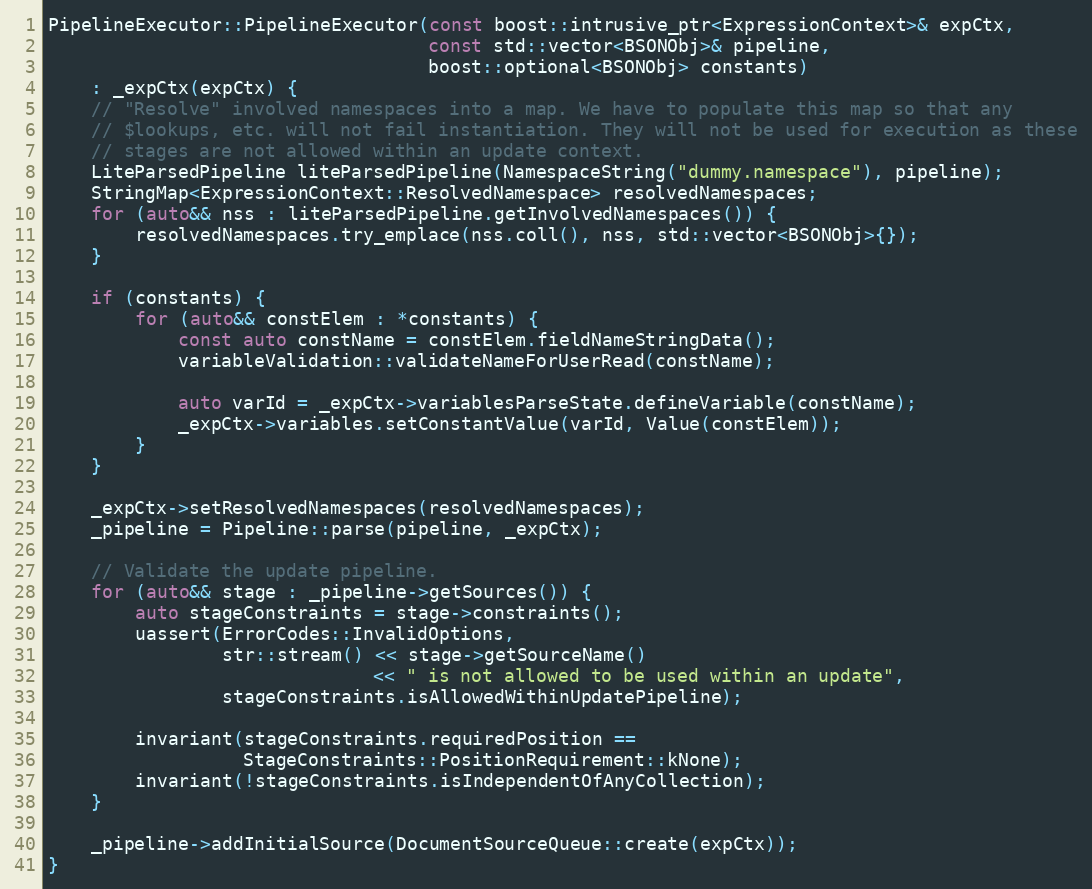
Language: C++
PipelineExecutor::PipelineExecutor(const boost::intrusive_ptr<ExpressionContext>& expCtx,
                                   const std::vector<BSONObj>& pipeline,
                                   boost::optional<BSONObj> constants)
    : _expCtx(expCtx) {
    // "Resolve" involved namespaces into a map. We have to populate this map so that any
    // $lookups, etc. will not fail instantiation. They will not be used for execution as these
    // stages are not allowed within an update context.
    LiteParsedPipeline liteParsedPipeline(NamespaceString("dummy.namespace"), pipeline);
    StringMap<ExpressionContext::ResolvedNamespace> resolvedNamespaces;
    for (auto&& nss : liteParsedPipeline.getInvolvedNamespaces()) {
        resolvedNamespaces.try_emplace(nss.coll(), nss, std::vector<BSONObj>{});
    }

    if (constants) {
        for (auto&& constElem : *constants) {
            const auto constName = constElem.fieldNameStringData();
            variableValidation::validateNameForUserRead(constName);

            auto varId = _expCtx->variablesParseState.defineVariable(constName);
            _expCtx->variables.setConstantValue(varId, Value(constElem));
        }
    }

    _expCtx->setResolvedNamespaces(resolvedNamespaces);
    _pipeline = Pipeline::parse(pipeline, _expCtx);

    // Validate the update pipeline.
    for (auto&& stage : _pipeline->getSources()) {
        auto stageConstraints = stage->constraints();
        uassert(ErrorCodes::InvalidOptions,
                str::stream() << stage->getSourceName()
                              << " is not allowed to be used within an update",
                stageConstraints.isAllowedWithinUpdatePipeline);

        invariant(stageConstraints.requiredPosition ==
                  StageConstraints::PositionRequirement::kNone);
        invariant(!stageConstraints.isIndependentOfAnyCollection);
    }

    _pipeline->addInitialSource(DocumentSourceQueue::create(expCtx));
}